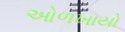
ઓળખાયો